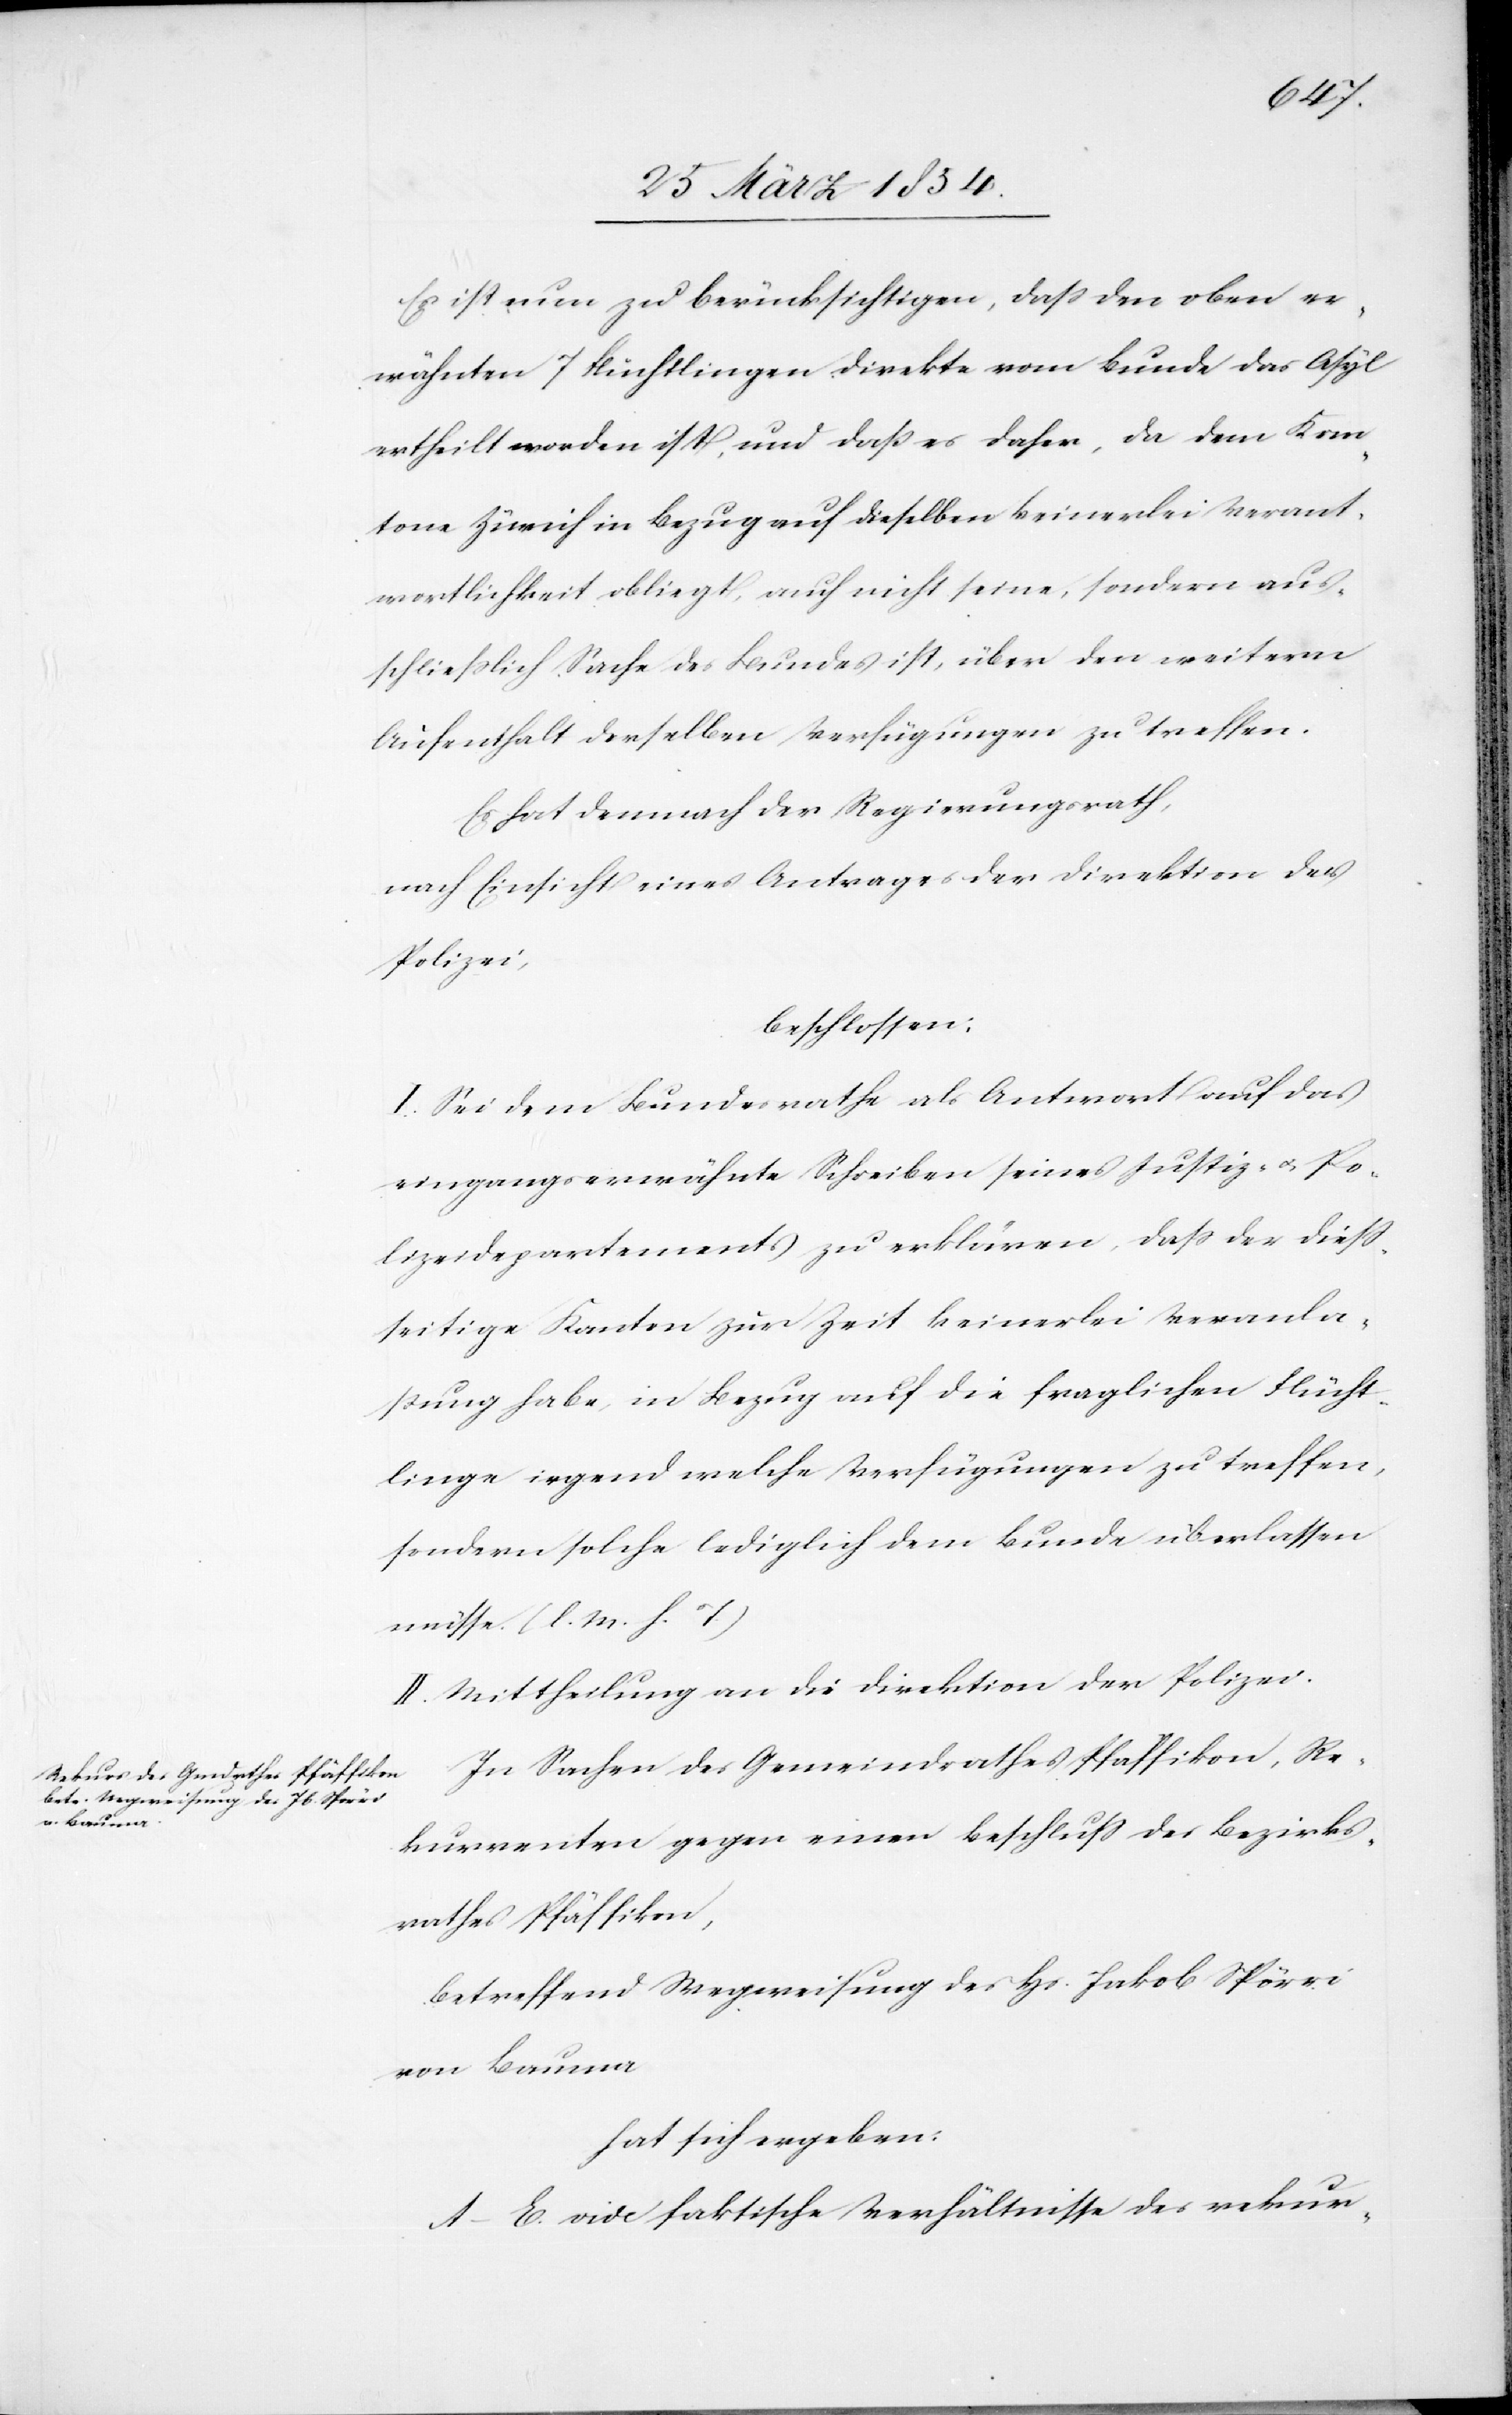
Es ist nun zu berücksichtigen, daß den oben er¬
wähnten 7 Flüchtlingen direkte vom Bunde das Asyl
ertheilt worden ist, und daß es daher, da dem Kan¬
tone Zürich in Bezug auf dieselben keinerlei Verant¬
wortlichkeit obliegt, auch nicht seine, sondern aus¬
schließlich Sache des Bundes ist, über den weitern
Aufenthalt derselben Verfügungen zu treffen.
Es hat demnach der Regierungsrath,
nach Einsicht eines Antrages der Direktion der
Polizei,
beschlossen:
I. Sei dem Bundesrathe als Antwort auf das
eingangs erwähnte Schreiben seines Justiz- u. Po¬
lizeidepartements zu erklären, daß der dieß¬
seitige Kanton zur Zeit keinerlei Veranla¬
ßung habe, in Bezug auf die fraglichen Flücht¬
linge irgend welche Verfügungen zu treffen,
sondern solche lediglich dem Bunde überlassen
müsse. (l. M. h. T:)
II. Mittheilung an die Direktion der Polizei.
In Sachen des Gemeindrathes Pfäffikon, Re¬
kurrenten gegen einen Beschluß des Bezirks¬
rathes Pfäffikon,
betreffend Wegweisung des Hs. Jakob Spörri
von Bauma
hat sich ergeben:
A–E. vide faktische Verhältnisse des rekur-